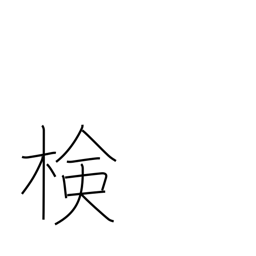
Meaning: examination